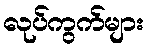
လုပ်ကွက်များ